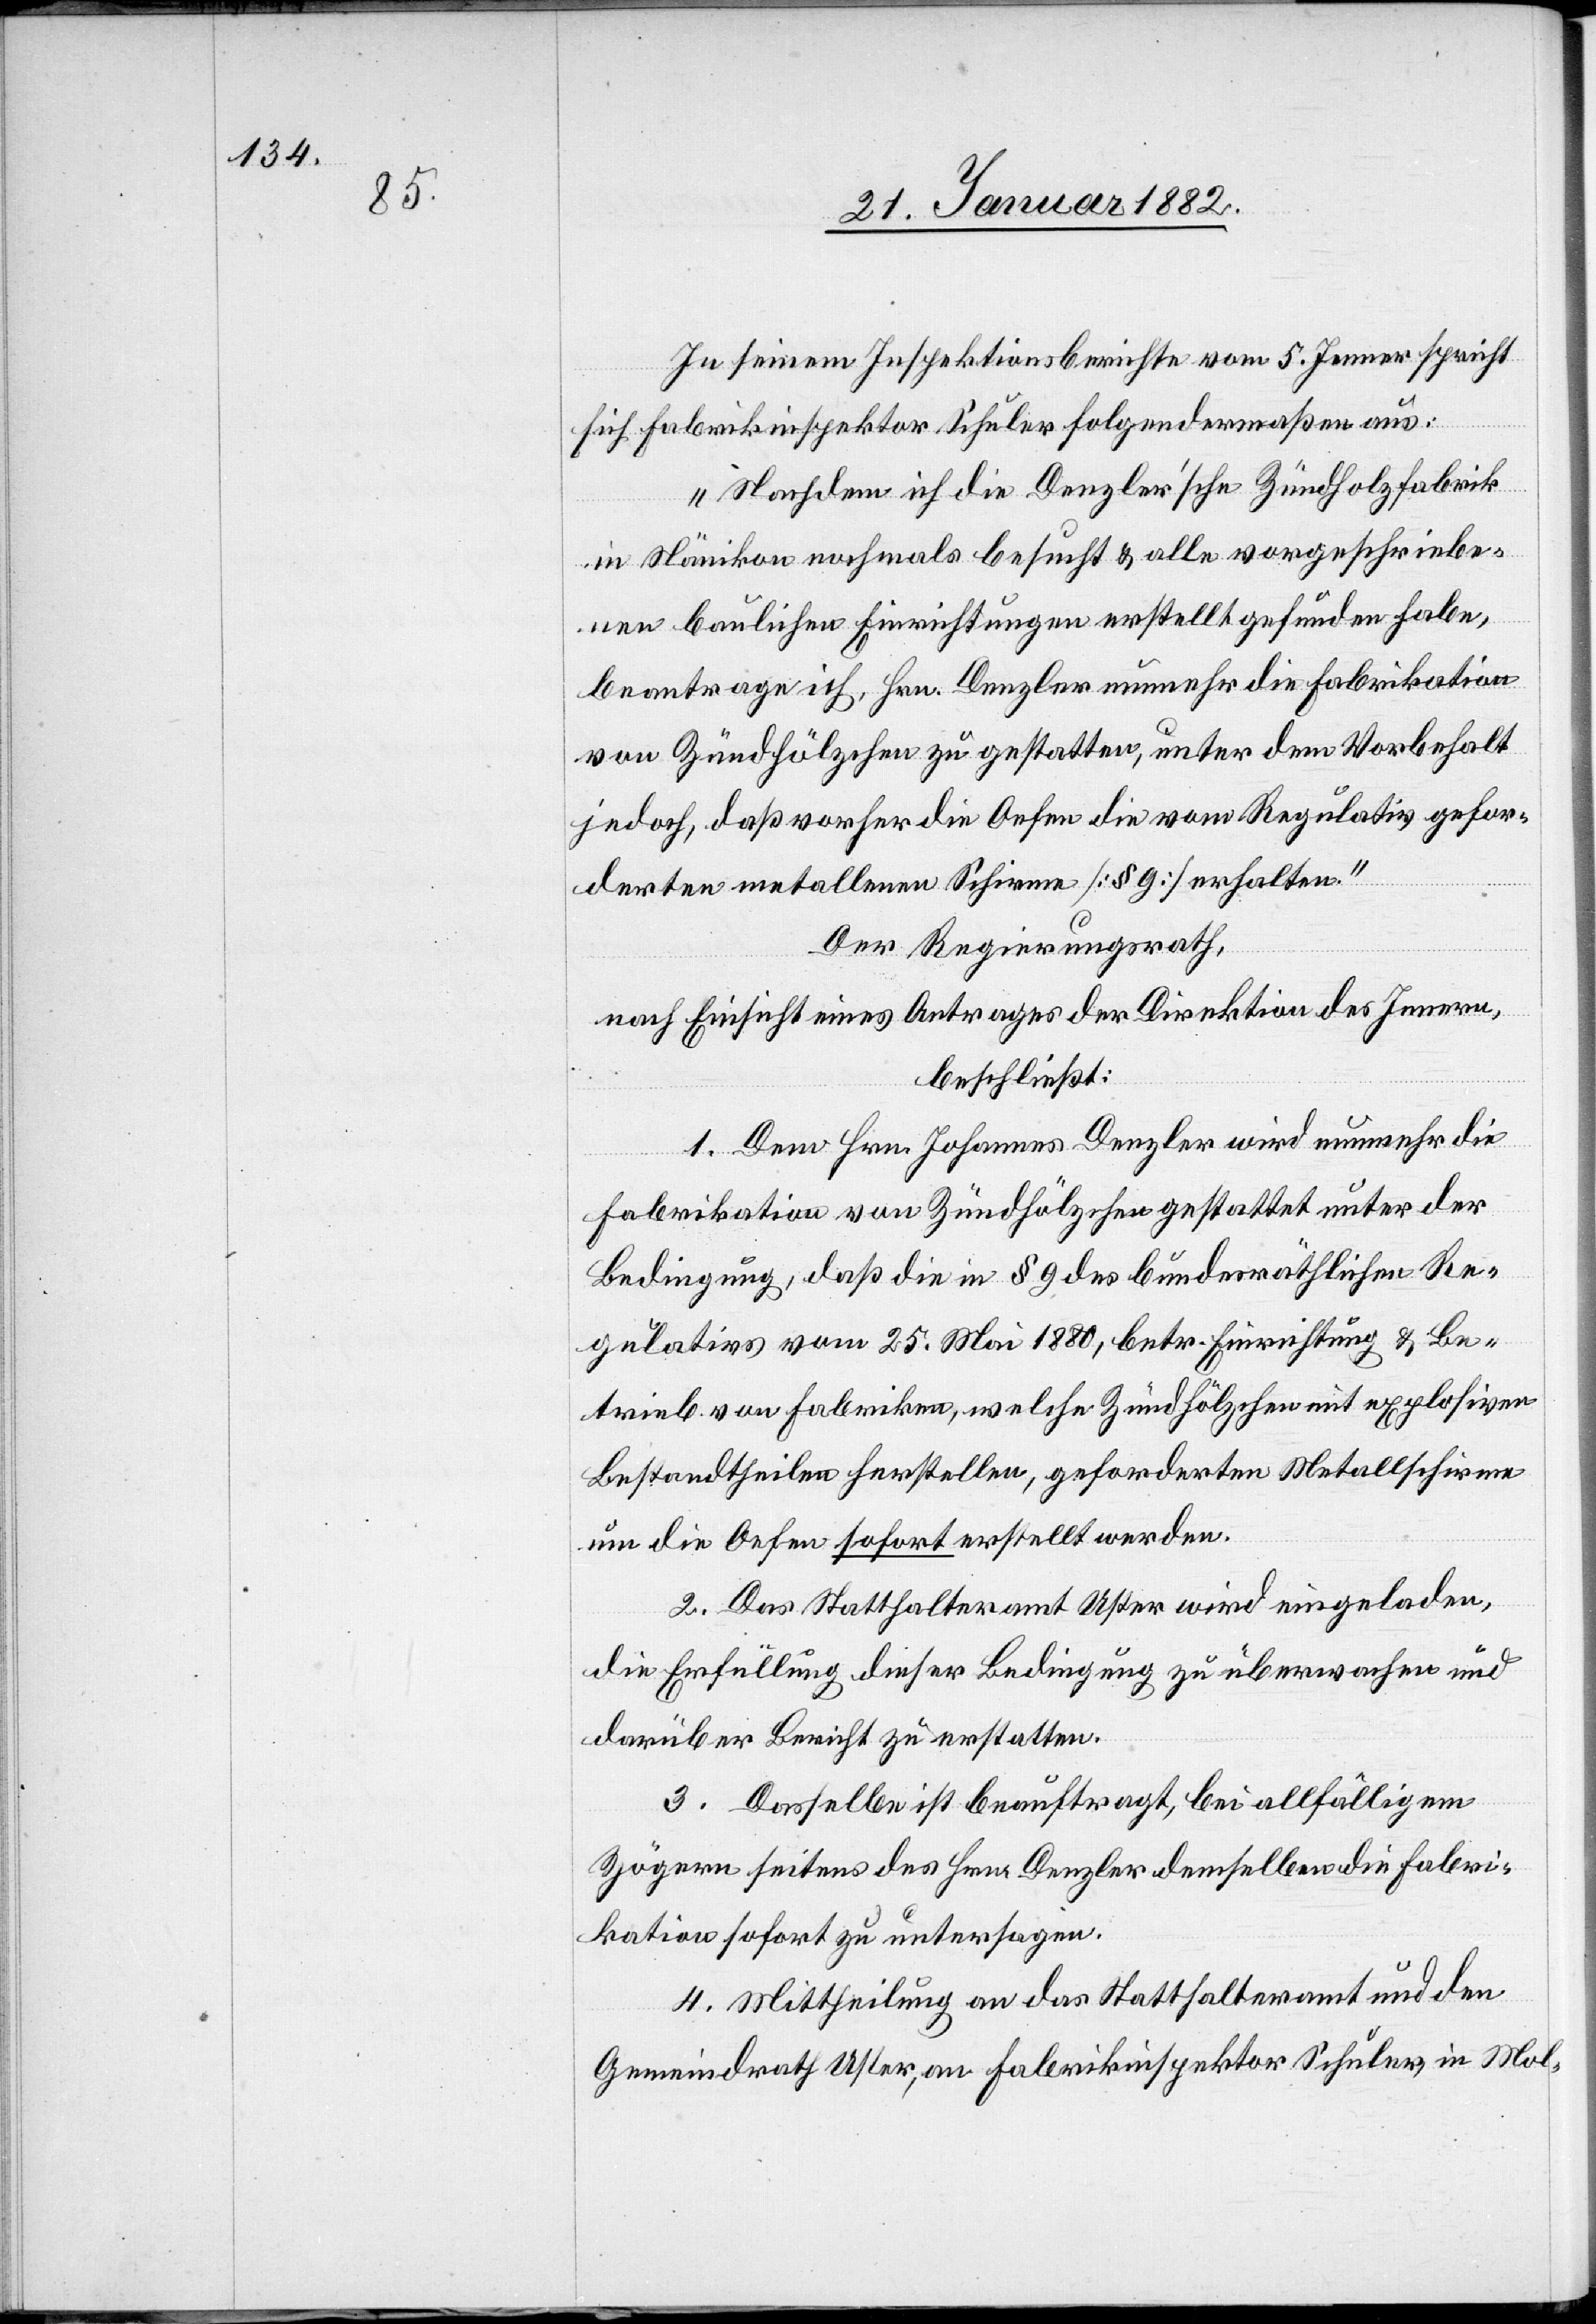
In seinem Inspektionsberichte vom 5. Januar spricht
sich Fabrikinspektor Schuler folgendermaßen aus:
„Nachdem ich die Denzler’sche Zündholzfabrik
in Nänikon nochmals besucht & alle vorgeschriebe¬
nen baulichen Einrichtungen erstellt gefunden habe,
beantrage ich, Hrn. Denzler nunmehr die Fabrikation
von Zündhölzchen zu gestatten, unter dem Vorbehalt
jedoch, daß vorher die Oefen die vom Regulativ gefor¬
derten metallenen Schirme [§ 9] erhalten.“
Der Regierungsrath,
nach Einsicht eines Antrages der Direktion des Innern,
beschließt:
1. Dem Hrn. Johannes Denzler wird nunmehr die
Fabrikation von Zündhölzchen gestattet unter der
Bedingung, daß die im § 9 des bundesräthlichen Re¬
gulations vom 25. Mai 1880, betr. Einrichtung & Be¬
trieb von Fabriken, welche Zündhölzchen mit explosiven
Bestandtheilen herstellen, geforderten Metallschirme
um die Oefen sofort erstellt werden.
2. Das Statthalteramt Uster wird eingeladen,
die Erfüllung dieser Bedingung zu überwachen und
darüber Bericht zu erstellen.
3. Dasselbe ist beauftragt, bei allfälligen
Zögern seitens des Hrn. Denzler demselben die Fabri¬
kation sofort zu untersagen,
4. Mittheilung an das Statthalteramt und den
Gemeindrath Uster, an Fabrikinspektor Schuler, in Mol-